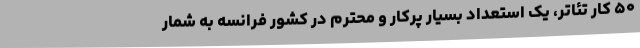
۵۰ کار تئاتر، یک استعداد بسیار پرکار و محترم در کشور فرانسه به شمار